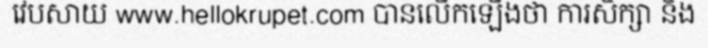
វេបសាយ www.hellokrupet.com បានលើកឡើងថា ការសិក្សា និង